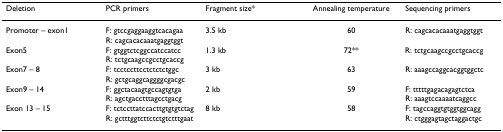
<table><thead><tr><td><b>Deletion</b></td><td><b>PCR primers</b></td><td><b>Fragment size*</b></td><td><b>Annealing temperature</b></td><td><b>Sequencing primers</b></td></tr></thead><tbody><tr><td>Promoter – exon1</td><td>F: gtccgaggaaggtcacagaaR: cagcacacaaatgaggtggt</td><td>3.5 kb</td><td>60</td><td>R: cagcacacaaatgaggtggt</td></tr><tr><td>Exon5</td><td>F: gtggtctcggccatccatccR: tctgcaagccgcctgcaccg</td><td>1.3 kb</td><td>72**</td><td>R: tctgcaagccgcctgcaccg</td></tr><tr><td>Exon7 – 8</td><td>F: tcctccttcctctctctggcR: gctgcaggcaggggcgacgc</td><td>3 kb</td><td>63</td><td>R: aaagccaggcacggtggctc</td></tr><tr><td>Exon9 – 14</td><td>F: ggctacaagtgccagtgtgaR: agctgacctttagcctgacg</td><td>2 kb</td><td>59</td><td>F: tttttgagacagagtctcaR: aaagtccaaaatcaggcc</td></tr><tr><td>Exon 13 – 15</td><td>F: tctccttatccacttgtgtgtctagR: gctttggtcttctctgtctttgaat</td><td>8 kb</td><td>58</td><td>F: tagccaggtgtggtggcaggR: ctgggagtagctaggactgc</td></tr></tbody></table>